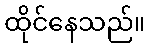
ထိုင်နေသည်။